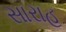
સારાહ